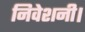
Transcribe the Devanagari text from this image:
निवेशनी।